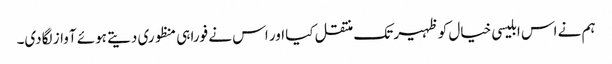
ہم نے اس ابلیسی خیال کو ظہیر تک منتقل کیا اور اس نے فورا ہی منظوری دیتے ہوئے آواز لگادی۔